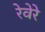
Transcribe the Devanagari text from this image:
रेवेरे